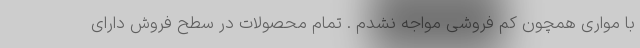
با مواری همچون کم فروشی مواجه نشدم . تمام محصولات در سطح فروش دارای